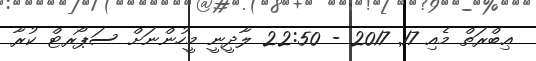
ޢިބްރަތް މެއި 17